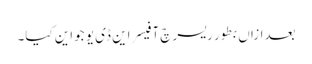
بعدازاں بطور ریسرچ آفیسر این ڈی یو جواین کیا۔